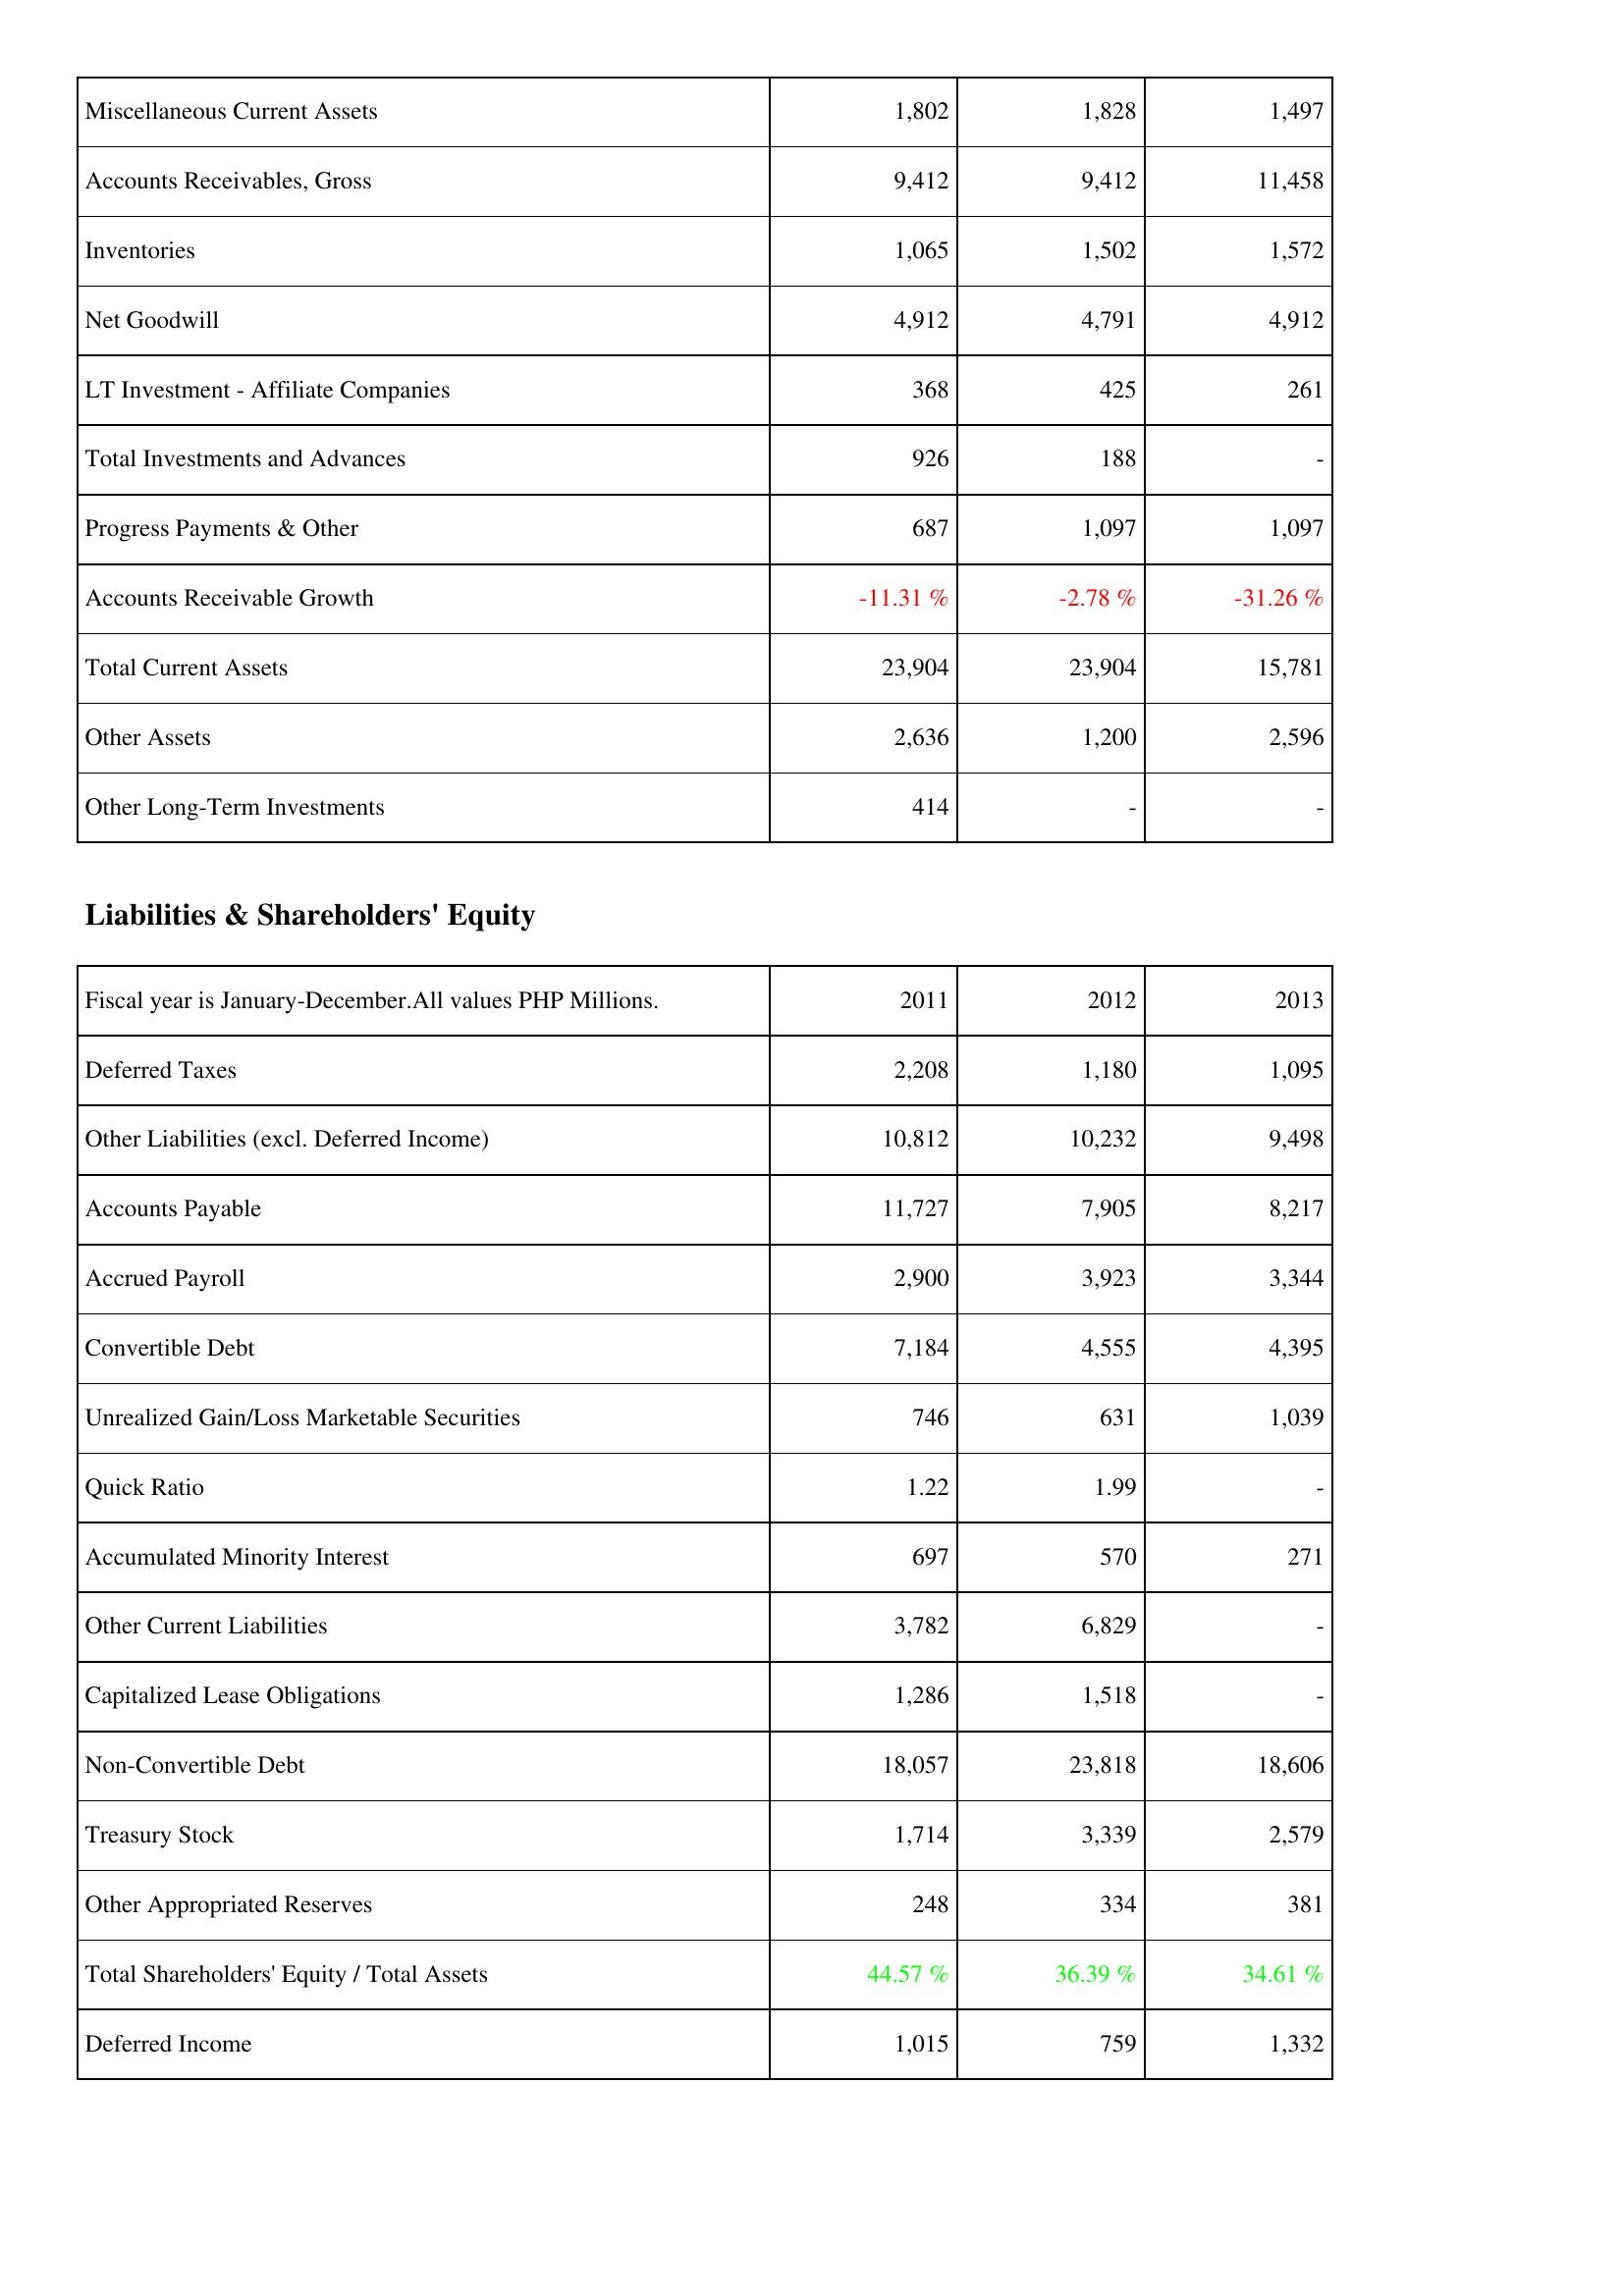
2011: Assets: Miscellaneous Current Assets: 1,802
Accounts Receivables, Gross: 9,412
Inventories: 1,065
Net Goodwill: 4,912
LT Investment - Affiliate Companies: 368
Total Investments and Advances: 926
Progress Payments & Other: 687
Accounts Receivable Growth: -11.31 %
Total Current Assets: 23,904
Other Assets: 2,636
Other Long-Term Investments: 414
Liabilities & Shareholders' Equity: Deferred Taxes: 2,208
Other Liabilities (excl. Deferred Income): 10,812
Accounts Payable: 11,727
Accrued Payroll: 2,900
Convertible Debt: 7,184
Unrealized Gain/Loss Marketable Securities: 746
Quick Ratio: 1.22
Accumulated Minority Interest: 697
Other Current Liabilities: 3,782
Capitalized Lease Obligations: 1,286
Non-Convertible Debt: 18,057
Treasury Stock: 1,714
Other Appropriated Reserves: 248
Total Shareholders' Equity / Total Assets: 44.57 %
Deferred Income: 1,015
2012: Assets: Miscellaneous Current Assets: 1,828
Accounts Receivables, Gross: 9,412
Inventories: 1,502
Net Goodwill: 4,791
LT Investment - Affiliate Companies: 425
Total Investments and Advances: 188
Progress Payments & Other: 1,097
Accounts Receivable Growth: -2.78 %
Total Current Assets: 23,904
Other Assets: 1,200
Other Long-Term Investments: -
Liabilities & Shareholders' Equity: Deferred Taxes: 1,180
Other Liabilities (excl. Deferred Income): 10,232
Accounts Payable: 7,905
Accrued Payroll: 3,923
Convertible Debt: 4,555
Unrealized Gain/Loss Marketable Securities: 631
Quick Ratio: 1.99
Accumulated Minority Interest: 570
Other Current Liabilities: 6,829
Capitalized Lease Obligations: 1,518
Non-Convertible Debt: 23,818
Treasury Stock: 3,339
Other Appropriated Reserves: 334
Total Shareholders' Equity / Total Assets: 36.39 %
Deferred Income: 759
2013: Assets: Miscellaneous Current Assets: 1,497
Accounts Receivables, Gross: 11,458
Inventories: 1,572
Net Goodwill: 4,912
LT Investment - Affiliate Companies: 261
Total Investments and Advances: -
Progress Payments & Other: 1,097
Accounts Receivable Growth: -31.26 %
Total Current Assets: 15,781
Other Assets: 2,596
Other Long-Term Investments: -
Liabilities & Shareholders' Equity: Deferred Taxes: 1,095
Other Liabilities (excl. Deferred Income): 9,498
Accounts Payable: 8,217
Accrued Payroll: 3,344
Convertible Debt: 4,395
Unrealized Gain/Loss Marketable Securities: 1,039
Quick Ratio: -
Accumulated Minority Interest: 271
Other Current Liabilities: -
Capitalized Lease Obligations: -
Non-Convertible Debt: 18,606
Treasury Stock: 2,579
Other Appropriated Reserves: 381
Total Shareholders' Equity / Total Assets: 34.61 %
Deferred Income: 1,332